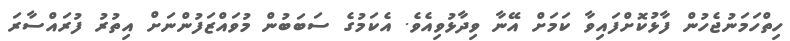
ހިތްހަމަނުޖެހުން ފާޅުކޮށްފައިވާ ކަމަށް އޭނާ ވިދާޅުވިއެވެ. އެކަމުގެ ސަބަބުން މުވައްޒަފުންނަށް އިތުރު ފުރައްސާރަ